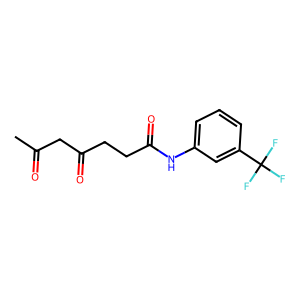
SMILES: CC(=O)CC(=O)CCC(=O)Nc1cccc(C(F)(F)F)c1
Inhibits HIV replication: No